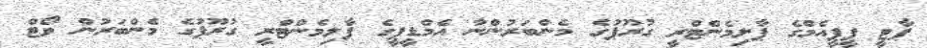
ޕާޓީ ޕީޕީއެމްގެ ޕާލިމެންޓްރީ ގުރޫޕުގެ މެންބަރުންނާ އެމްޑީޕީގެ ޕާލިމެންޓްރީ ގުރޫޕުގެ މެންބަރުން ވޯޓް